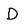
Character: D